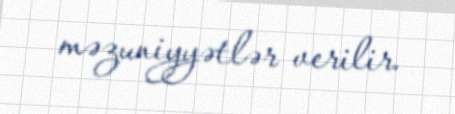
məzuniyyətlər verilir.